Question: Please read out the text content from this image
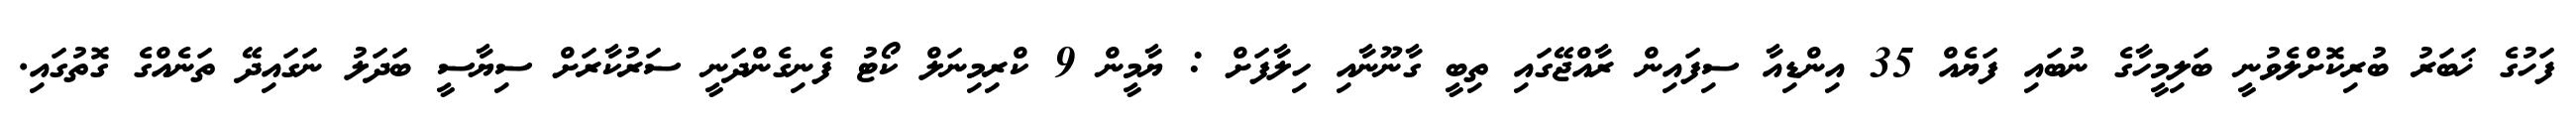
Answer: ފަހުގެ ޚަބަރު ބުރިކޮށްލެވުނީ ބަލިމީހާގެ ނުބައި ފަޔެއް 35 އިންޑިއާ ސިފައިން ރާއްޖޭގައި ތިބީ ގާނޫނާއި ހިލާފަށް : ޔާމީން 9 ކްރިމިނަލް ކޯޓު ފެނިގެންދަނީ ސަރުކާރަށް ސިޔާސީ ބަދަލު ނަގައިދޭ ތަނެއްގެ ގޮތުގައި.